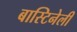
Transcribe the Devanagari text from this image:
बास्टिनेली